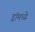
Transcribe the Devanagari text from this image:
ड्रॉमध्ये